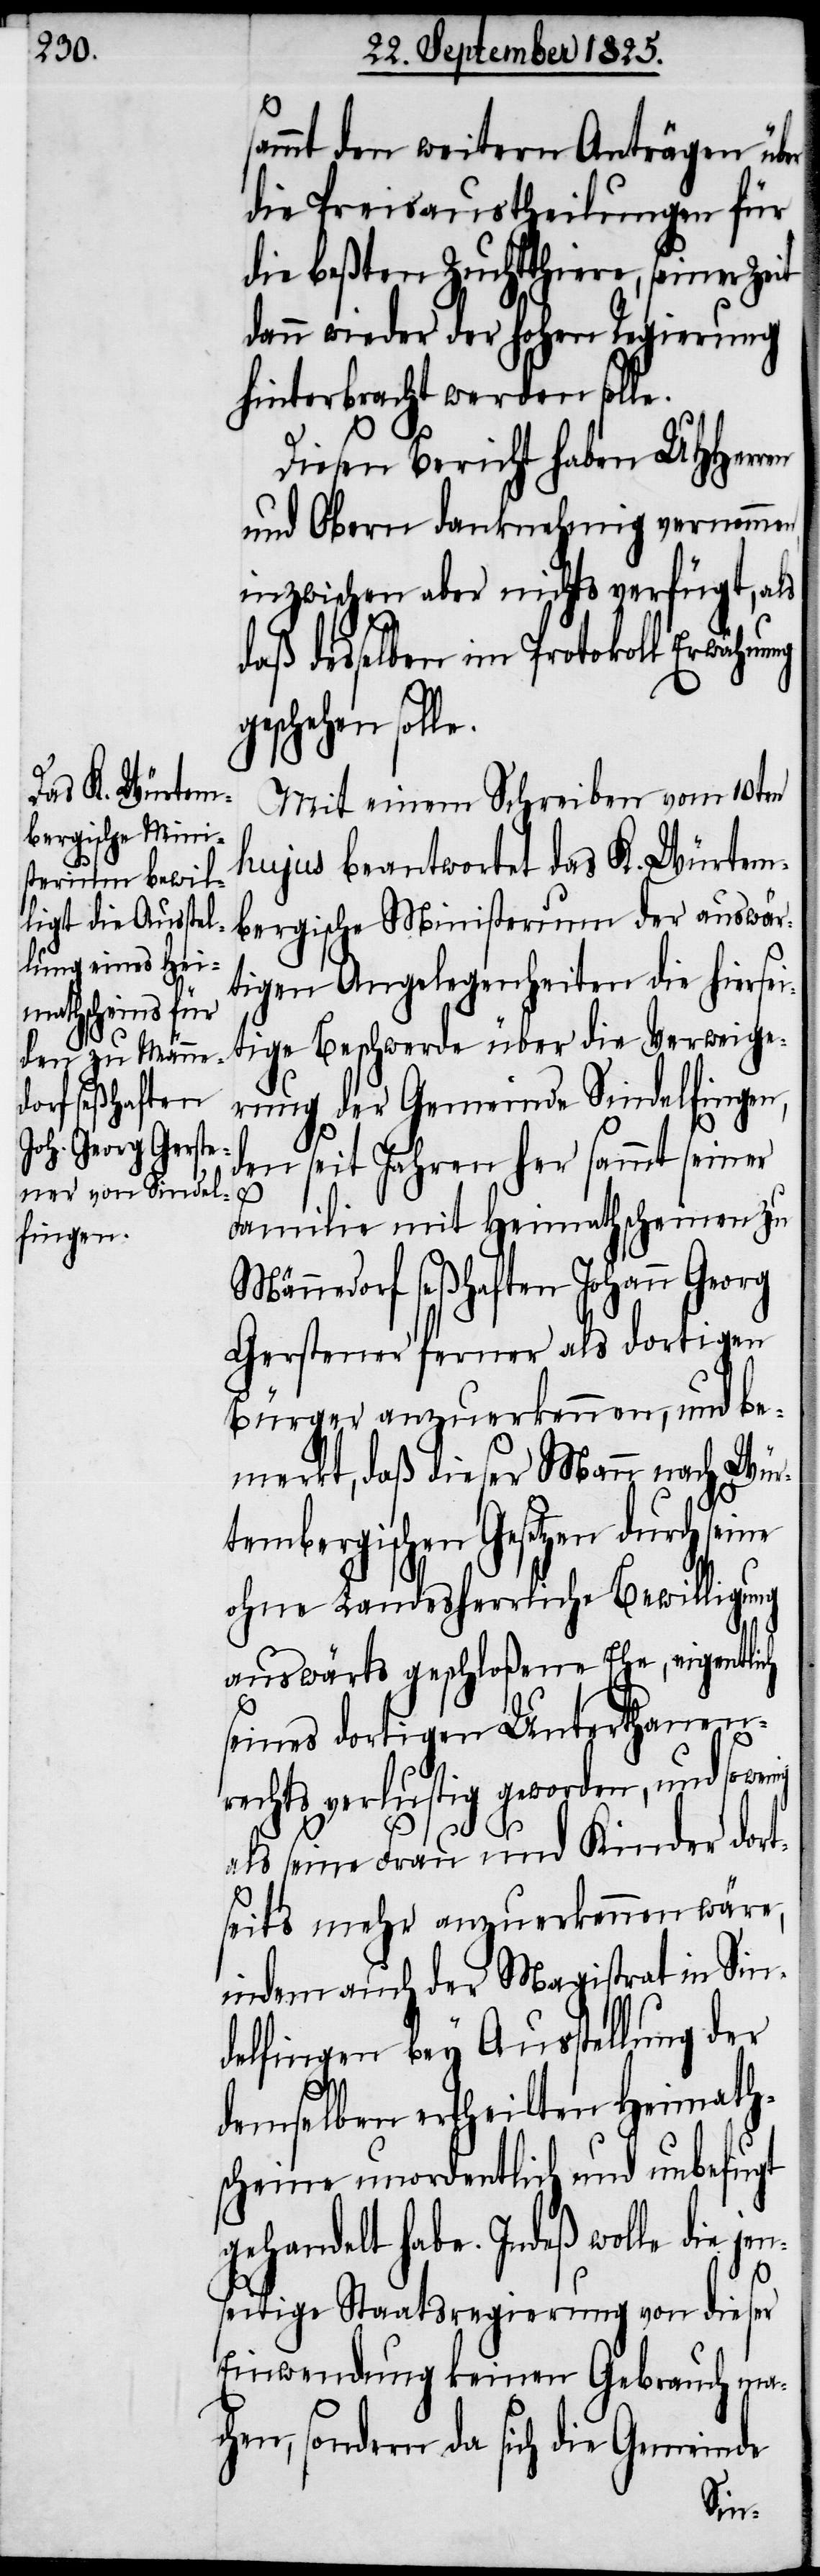
sammt den weitern Anträgen über
die Preisaustheilungen für
die beßten Zuchtthiere, seiner
dann wieder der hohen Regierung
hinterbracht werden solle.
Diesen Bericht haben UHHerren
und Obern danknehmig vernommen,
inzwischen aber nichts verfügt, als
daß desselben im Protokoll Erwähnu¬
geschehen soll¬
Mit einem Schreiben vom 10ten
hujus beantwortet das K. Würtem¬
bergische Ministerium der auswär¬
tigen Angelegenheiten die hiersei¬
tige Beschwerde über die Verweige¬
rung der Gemeinde Sindelfingen,
den seit Jahren der sammt seiner
e.
Familie mit Heimathscheinen zu
Männedorf seßhaften Johann Georg
Gerstener ferner als dortigen
Bürger anzuerkennen, und be¬
merkt, daß dieser Mann nach Wür¬
tembergischen Gesetzen durch seine
ohne Landesherrliche Bewilligung
auswärts geschloßene Ehe, eigentlich
seines dortigen Unterthanen¬
rechts verlustig geworden, und so
als seine Frau und Kinder dor¬
tseits mehr anzuerkennen wäre,
indem auch der Magistrat in Sin¬
delfingen bey Ausstellung der
demselben ertheilten Heimath¬
scheine unordentlich und unbefugt
gehandelt habe. Indeß wolle die
seitige Staatsregierung von dieser
Einwendung keinen Gebrauch mach¬
en, sondern da sich die Gemeinde
jen¬